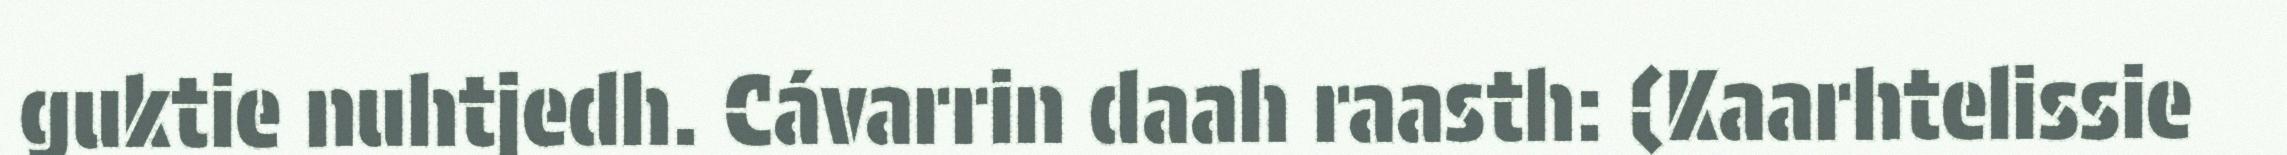
guktie nuhtjedh. Cávarrin daah raasth: (Kaarhtelissie